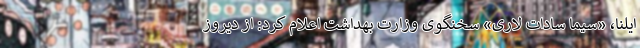
ایلنا،‌ «سیما سادات لاری» سخنگوی وزارت بهداشت‌ اعلام کرد: از دیروز